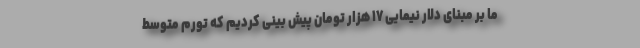
ما بر مبنای دلار نیمایی ۱۷ هزار تومان پیش بینی کردیم که تورم متوسط